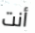
أنت